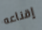
إقناعه